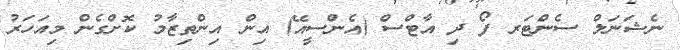
ނެޝަނަލް ސެންޓަރ ފޯ ދި އާޓްސް (އެންސީއޭ) އިން އިންތިޒާމު ކޮށްގެން މިއަހަރު